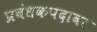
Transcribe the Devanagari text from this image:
प्रबंधकपदावर